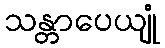
သန္တာပေယျုံ